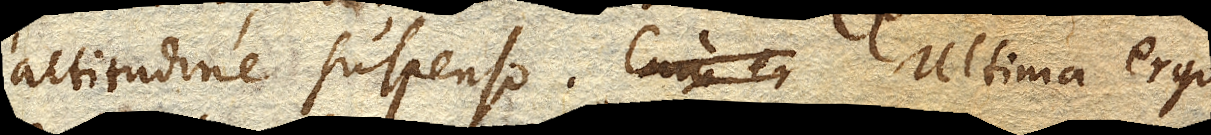
altitudine suspenso. Ultima ergo